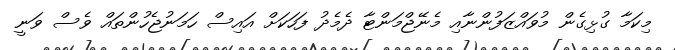
މިކަމާ ގުޅިގެން މުވައްޒަފުންނާއި މެނޭޖްމަންޓާ ދެމެދު ފަހަކަށް އައިސް ހަމަނުޖެހުންތައް ވެސް ވަނީ